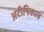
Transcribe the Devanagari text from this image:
अटीपिकल